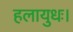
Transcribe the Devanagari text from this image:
हलायुधः।